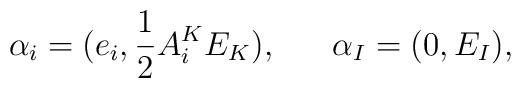
\alpha_i = (e_i, {1\over 2}A^K_i E_K), \ \ \ \ \ \alpha_I =(0,E_I),